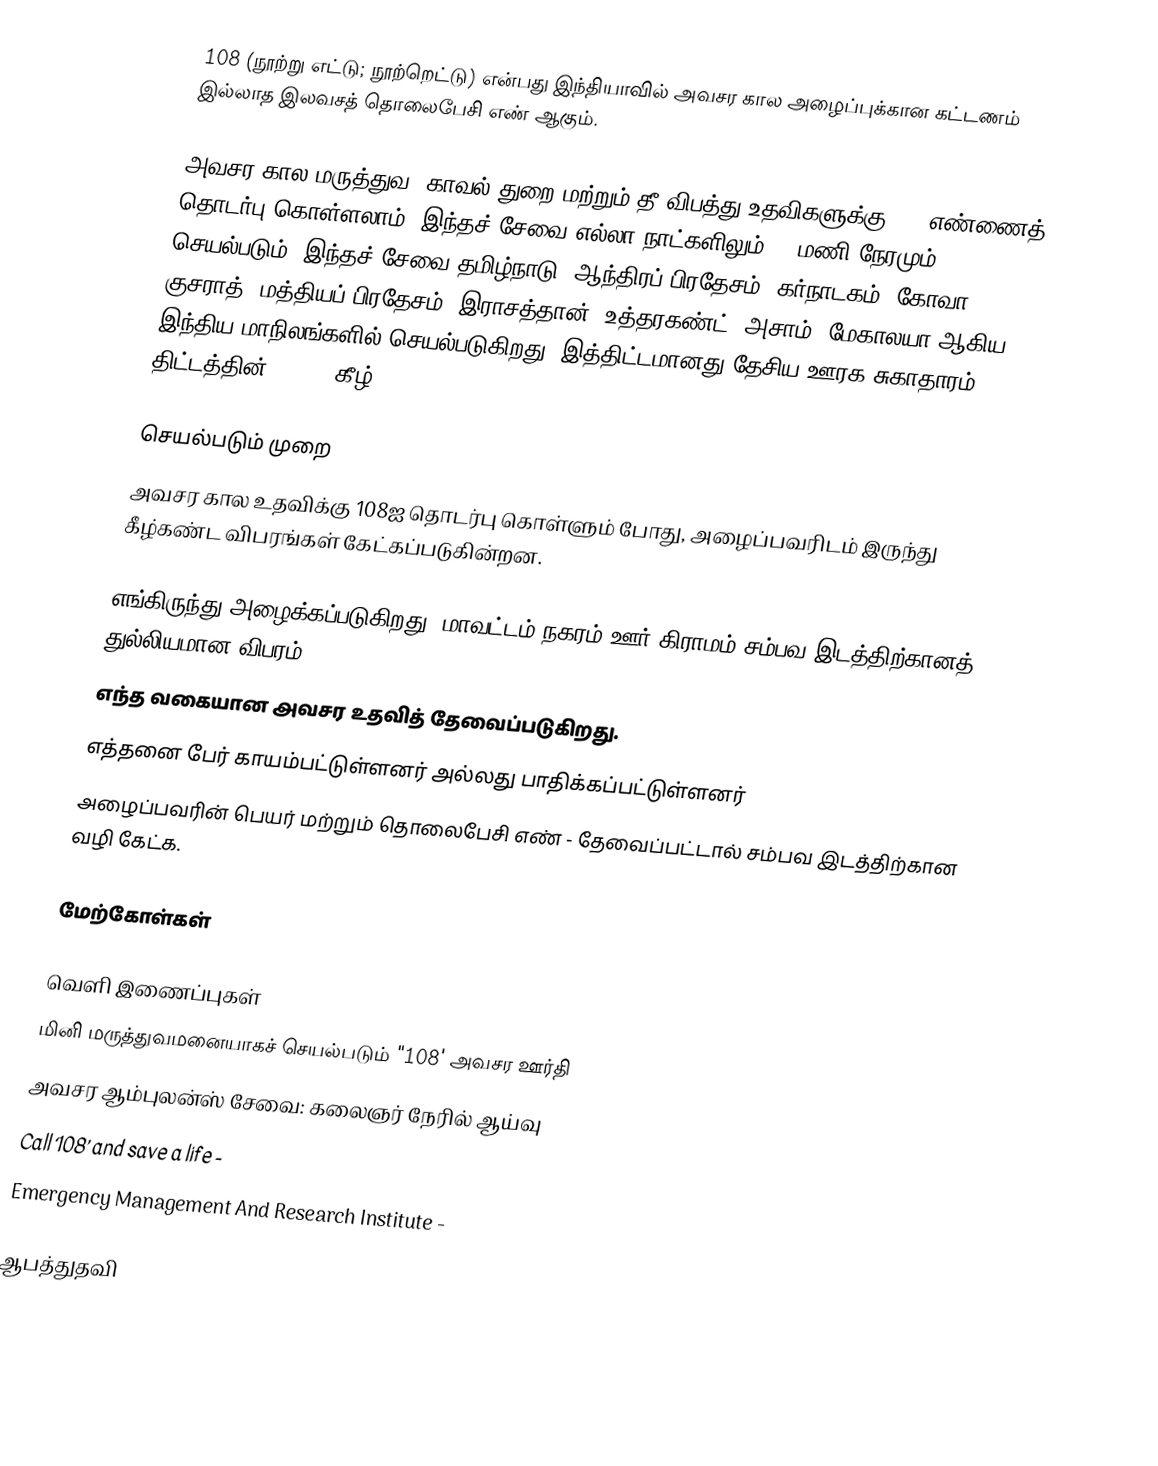
108 (நூற்று எட்டு; நூற்றெட்டு) என்பது இந்தியாவில் அவசர கால அழைப்புக்கான கட்டணம் இல்லாத இலவசத் தொலைபேசி எண் ஆகும்.

அவசர கால மருத்துவ, காவல் துறை மற்றும் தீ விபத்து உதவிகளுக்கு 108 எண்ணைத் தொடர்பு கொள்ளலாம். இந்தச் சேவை எல்லா நாட்களிலும் 24 மணி நேரமும் (24 × 7) செயல்படும். இந்தச் சேவை தமிழ்நாடு, ஆந்திரப் பிரதேசம், கர்நாடகம், கோவா, குசராத், மத்தியப் பிரதேசம், இராசத்தான், உத்தரகண்ட், அசாம், மேகாலயா ஆகிய இந்திய மாநிலங்களில் செயல்படுகிறது. இத்திட்டமானது தேசிய ஊரக சுகாதாரம் திட்டத்தின் (NHRM) கீழ்

செயல்படும் முறை
அவசர கால உதவிக்கு 108ஐ தொடர்பு கொள்ளும் போது, அழைப்பவரிடம் இருந்து கீழ்கண்ட விபரங்கள் கேட்கப்படுகின்றன.

 எங்கிருந்து அழைக்கப்படுகிறது.(மாவட்டம்/நகரம்/ஊர்/கிராமம்/சம்பவ இடத்திற்கானத் துல்லியமான விபரம்)
 எந்த வகையான அவசர உதவித் தேவைப்படுகிறது.
 எத்தனை பேர் காயம்பட்டுள்ளனர் அல்லது பாதிக்கப்பட்டுள்ளனர்
 அழைப்பவரின் பெயர் மற்றும் தொலைபேசி எண் - தேவைப்பட்டால் சம்பவ இடத்திற்கான வழி கேட்க.

மேற்கோள்கள்

வெளி இணைப்புகள்
 மினி மருத்துவமனையாகச் செயல்படும் "108' அவசர ஊர்தி
 அவசர ஆம்புலன்ஸ் சேவை: கலைஞர் நேரில் ஆய்வு
 Call ‘108’ and save a life  -
 Emergency Management And Research Institute -

ஆபத்துதவி